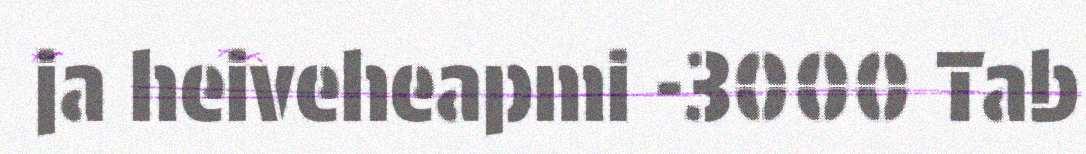
ja heiveheapmi -3000 Tab